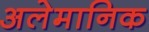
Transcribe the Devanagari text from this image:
अलेमानिक